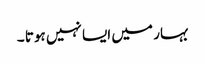
بہار میں ایسا نہیں ہوتا ۔